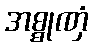
အစ္စုဏှံ